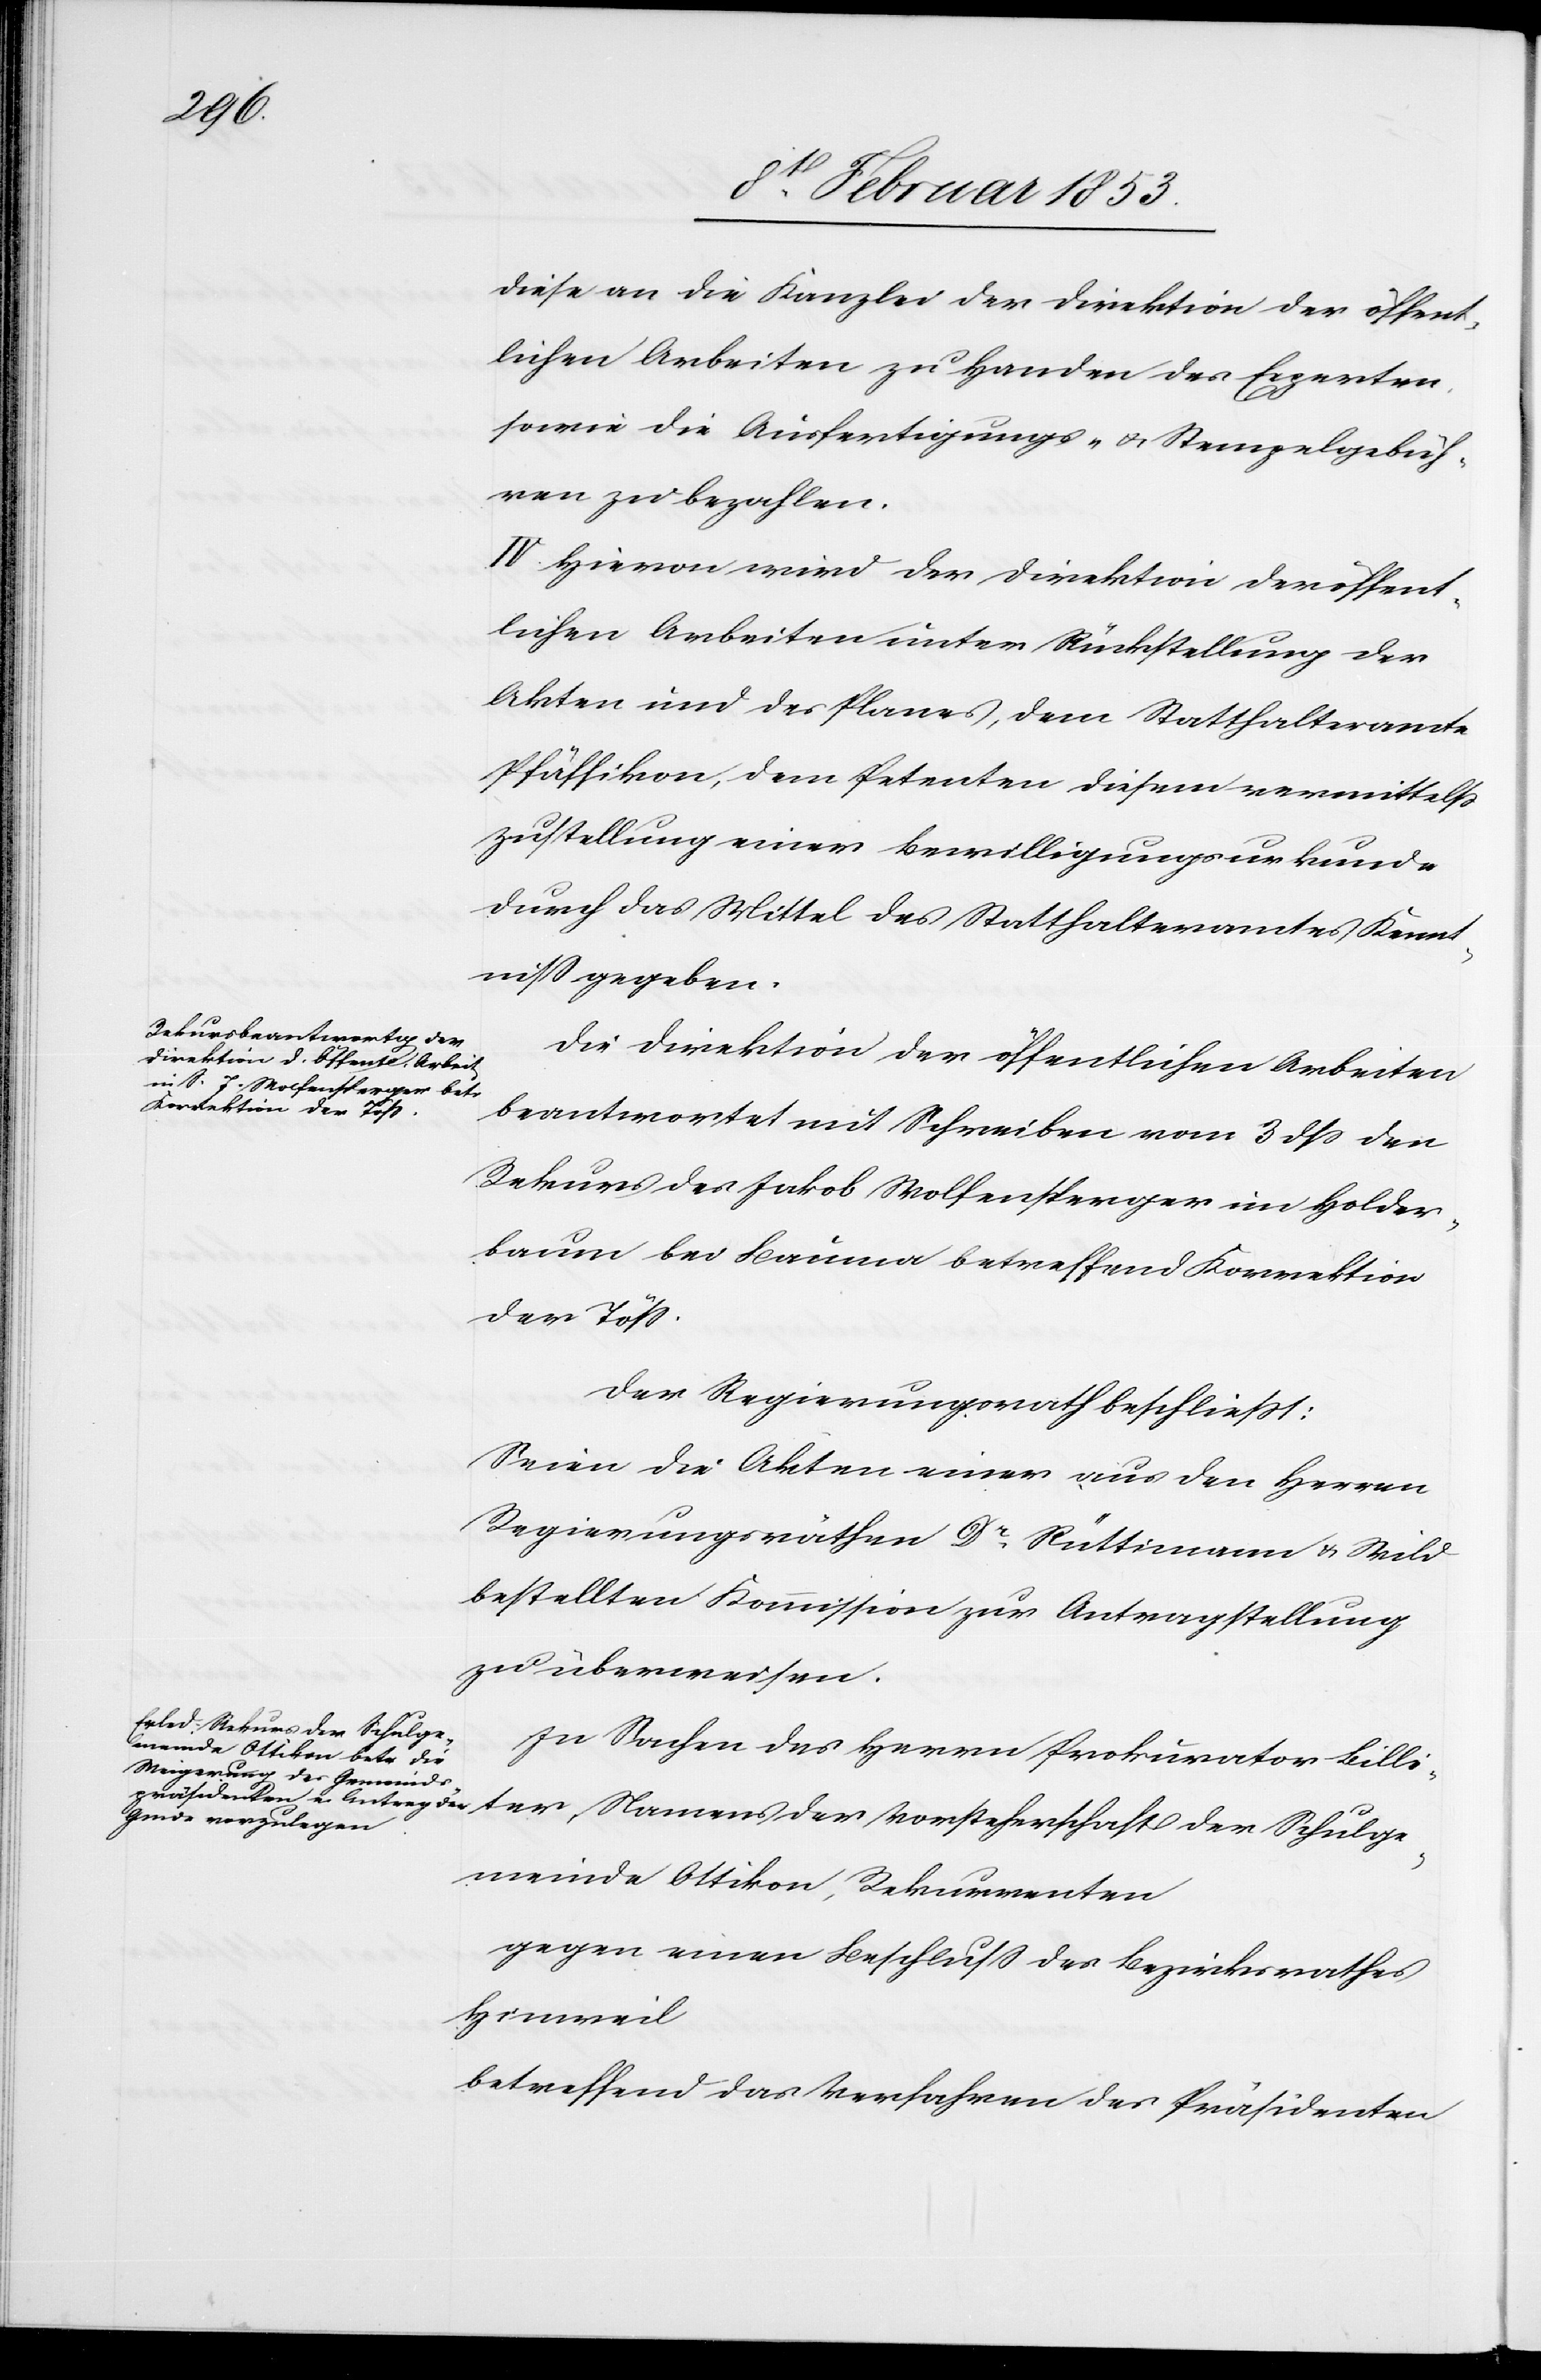
Schulge¬
diese an die Kanzlei der Direktion der öffent¬
lichen Arbeiten zu Handen des Experten
sowie die Ausfertigungs- u. Stempelgebüh¬
ren zu bezahlen.
II. Hievon wird der Direktion der öffent¬
lichen Arbeiten unter Rückstellung der
Akten und des Planes, dem Statthalteramte
Pfäffikon, dem Petenten diesem vermittelst
Zustellung einer Bewilligungsurkunde
durch das Mittel des Statthalteramtes Kennt¬
niß gegeben.
Die Direktion der öffentlichen Arbeiten
beantwortet mit Schreiben vom 3 dß den
Rekurs des Jakob Wolfensperger im Holder¬
baum bei Bauma betreffend Korrektion
der Töß.
Der Regierungsrath beschließt:
Seien die Akten einer aus den Herrn
Regierungsräthen Dr. Rüttimann u. Wild
bestellten Kommission zur Antragstellung
zu überweisen.
In Sachen des Herrn Prokurator Billi¬
meinde Ottikon, Rekurrenten
gegen einen Beschluß des Bezirksrathes
Hinweil
betreffend das Verfahren des Präsidenten